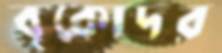
বৃকোদর